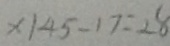
x \vert 4 5 - 1 7 = 2 8